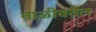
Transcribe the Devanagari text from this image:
नाळीवरील